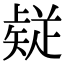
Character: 𭼅